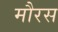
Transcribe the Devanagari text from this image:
मौरस